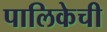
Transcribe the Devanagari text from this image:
पालिकेची